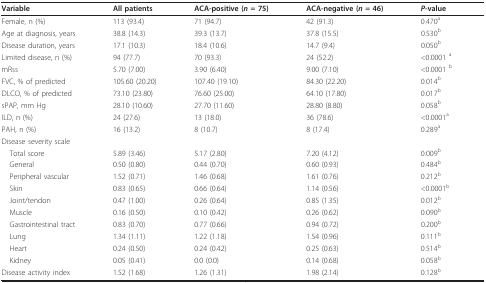
<table><thead><tr><td><b>Variable</b></td><td><b>All patients</b></td><td><b>ACA-positive (<i>n </i>= 75)</b></td><td><b>ACA-negative (<i>n </i>= 46)</b></td><td><b><i>P</i>-value</b></td></tr></thead><tbody><tr><td>Female, n (%)</td><td>113 (93.4)</td><td>71 (94.7)</td><td>42 (91.3)</td><td>0.470<sup>a</sup></td></tr><tr><td>Age at diagnosis, years</td><td>38.8 (14.3)</td><td>39.3 (13.7)</td><td>37.8 (15.5)</td><td>0.530<sup>b</sup></td></tr><tr><td>Disease duration, years</td><td>17.1 (10.3)</td><td>18.4 (10.6)</td><td>14.7 (9.4)</td><td>0.050<sup>b</sup></td></tr><tr><td>Limited disease, n (%)</td><td>94 (77.7)</td><td>70 (93.3)</td><td>24 (52.2)</td><td>&lt;0.0001 <sup>a</sup></td></tr><tr><td>mRss</td><td>5.70 (7.00)</td><td>3.90 (6.40)</td><td>9.00 (7.10)</td><td>&lt;0.0001 <sup>b</sup></td></tr><tr><td>FVC, % of predicted</td><td>105.60 (20.20)</td><td>107.40 (19.10)</td><td>84.30 (22.20)</td><td>0.014<sup>b</sup></td></tr><tr><td>DLCO, % of predicted</td><td>73.10 (23.80)</td><td>76.60 (25.00)</td><td>64.10 (17.80)</td><td>0.017<sup>b</sup></td></tr><tr><td>sPAP, mm Hg</td><td>28.10 (10.60)</td><td>27.70 (11.60)</td><td>28.80 (8.80)</td><td>0.058<sup>b</sup></td></tr><tr><td>ILD, n (%)</td><td>24 (27.6)</td><td>13 (18.0)</td><td>36 (78.6)</td><td>&lt;0.0001<sup>a</sup></td></tr><tr><td>PAH, n (%)</td><td>16 (13.2)</td><td>8 (10.7)</td><td>8 (17.4)</td><td>0.289<sup>a</sup></td></tr><tr><td>Disease severity scale</td><td></td><td></td><td></td><td></td></tr><tr><td>Total score</td><td>5.89 (3.46)</td><td>5.17 (2.80)</td><td>7.20 (4.12)</td><td>0.009<sup>b</sup></td></tr><tr><td>General</td><td>0.50 (0.80)</td><td>0.44 (0.70)</td><td>0.60 (0.93)</td><td>0.484<sup>b</sup></td></tr><tr><td>Peripheral vascular</td><td>1.52 (0.71)</td><td>1.46 (0.68)</td><td>1.61 (0.76)</td><td>0.212<sup>b</sup></td></tr><tr><td>Skin</td><td>0.83 (0.65)</td><td>0.66 (0.64)</td><td>1.14 (0.56)</td><td>&lt;0.0001<sup>b</sup></td></tr><tr><td>Joint/tendon</td><td>0.47 (1.00)</td><td>0.26 (0.64)</td><td>0.85 (1.35)</td><td>0.012<sup>b</sup></td></tr><tr><td>Muscle</td><td>0.16 (0.50)</td><td>0.10 (0.42)</td><td>0.26 (0.62)</td><td>0.090<sup>b</sup></td></tr><tr><td>Gastrointestinal tract</td><td>0.83 (0.70)</td><td>0.77 (0.66)</td><td>0.94 (0.72)</td><td>0.200<sup>b</sup></td></tr><tr><td>Lung</td><td>1.34 (1.11)</td><td>1.22 (1.18)</td><td>1.54 (0.96)</td><td>0.111<sup>b</sup></td></tr><tr><td>Heart</td><td>0.24 (0.50)</td><td>0.24 (0.42)</td><td>0.25 (0.63)</td><td>0.514<sup>b</sup></td></tr><tr><td>Kidney</td><td>0.05 (0.41)</td><td>0.0 (0.0)</td><td>0.14 (0.68)</td><td>0.058<sup>b</sup></td></tr><tr><td>Disease activity index</td><td>1.52 (1.68)</td><td>1.26 (1.31)</td><td>1.98 (2.14)</td><td>0.128<sup>b</sup></td></tr></tbody></table>